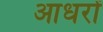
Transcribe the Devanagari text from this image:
आधरों